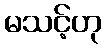
မသင့်ဟု